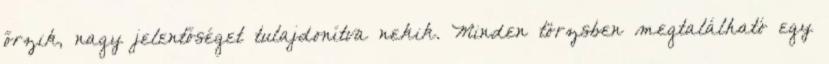
őrzik, nagy jelentőséget tulajdonítva nekik. Minden törzsben megtalálható egy